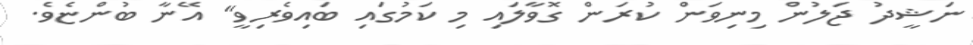
ނަޝީދު ޖަލުން މިނިވަން ކުރަން ގޮވާލައި މި ކަމުގައި ބައިވެރިވީ" އޭނާ ބުންޏެވެ.